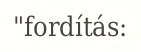
"fordítás: